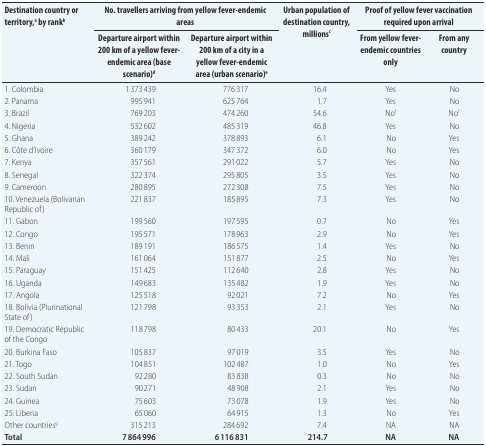
<table><thead><tr><td rowspan="2"><b>Destination country or territory,<sup>a</sup> by rank<sup>b</sup></b></td><td colspan="2"><b>No. travellers arriving from yellow fever-endemic areas</b></td><td rowspan="2"><b>Urban population of destination country, millions<sup>c</sup></b></td><td colspan="2"><b>Proof of yellow fever vaccination required upon arrival</b></td></tr><tr><td><b>Departure airport within 200 km of a yellow fever-endemic area (base scenario)<sup>d</sup></b></td><td><b>Departure airport within 200 km of a city in a yellow fever-endemic area (urban scenario)<sup>e</sup></b></td><td><b>From yellow fever-endemic countries only</b></td><td><b>From any country</b></td></tr></thead><tbody><tr><td>1. Colombia</td><td>1 373 439</td><td>776 317</td><td>16.4</td><td>Yes</td><td>No</td></tr><tr><td>2. Panama</td><td>995 941</td><td>625 764</td><td>1.7</td><td>Yes</td><td>No</td></tr><tr><td>3. Brazil</td><td>769 203</td><td>474 260</td><td>54.6</td><td>No<sup>f</sup></td><td>No<sup>f</sup></td></tr><tr><td>4. Nigeria</td><td>532 602</td><td>485 319</td><td>46.8</td><td>Yes</td><td>No</td></tr><tr><td>5. Ghana</td><td>389 242</td><td>378 893</td><td>6.1</td><td>No</td><td>Yes</td></tr><tr><td>6. Côte d&#x27;Ivoire</td><td>360 179</td><td>347 372</td><td>6.0</td><td>No</td><td>Yes</td></tr><tr><td>7. Kenya</td><td>357 561</td><td>291 022</td><td>5.7</td><td>Yes</td><td>No</td></tr><tr><td>8. Senegal</td><td>322 374</td><td>295 805</td><td>3.5</td><td>Yes</td><td>No</td></tr><tr><td>9. Cameroon</td><td>280 895</td><td>272 308</td><td>7.5</td><td>Yes</td><td>No</td></tr><tr><td>10. Venezuela (Bolivarian Republic of)</td><td>221 837</td><td>185 895</td><td>7.3</td><td>Yes</td><td>No</td></tr><tr><td>11. Gabon</td><td>199 560</td><td>197 595</td><td>0.7</td><td>No</td><td>Yes</td></tr><tr><td>12. Congo</td><td>195 571</td><td>178 963</td><td>2.9</td><td>No</td><td>Yes</td></tr><tr><td>13. Benin</td><td>189 191</td><td>186 575</td><td>1.4</td><td>Yes</td><td>No</td></tr><tr><td>14. Mali</td><td>161 064</td><td>151 877</td><td>2.5</td><td>No</td><td>Yes</td></tr><tr><td>15. Paraguay</td><td>151 425</td><td>112 640</td><td>2.8</td><td>Yes</td><td>No</td></tr><tr><td>16. Uganda</td><td>149 683</td><td>135 482</td><td>1.9</td><td>Yes</td><td>No</td></tr><tr><td>17. Angola</td><td>125 518</td><td>92 021</td><td>7.2</td><td>No</td><td>Yes</td></tr><tr><td>18. Bolivia (Plurinational State of)</td><td>121 798</td><td>93 353</td><td>2.1</td><td>Yes</td><td>No</td></tr><tr><td>19. Democratic Republic of the Congo</td><td>118 798</td><td>80 433</td><td>20.1</td><td>No</td><td>Yes</td></tr><tr><td>20. Burkina Faso</td><td>105 837</td><td>97 019</td><td>3.5</td><td>Yes</td><td>No</td></tr><tr><td>21. Togo</td><td>104 851</td><td>102 487</td><td>1.0</td><td>No</td><td>Yes</td></tr><tr><td>22. South Sudan</td><td>92 280</td><td>83 838</td><td>0.3</td><td>No</td><td>No</td></tr><tr><td>23. Sudan</td><td>90 271</td><td>48 908</td><td>2.1</td><td>Yes</td><td>No</td></tr><tr><td>24. Guinea</td><td>75 603</td><td>73 078</td><td>1.9</td><td>Yes</td><td>No</td></tr><tr><td>25. Liberia</td><td>65 060</td><td>64 915</td><td>1.3</td><td>No</td><td>Yes</td></tr><tr><td>Other countries<sup>g</sup></td><td>315 213</td><td>284 692</td><td>7.4</td><td>NA</td><td>NA</td></tr><tr><td><b>Total</b></td><td><b>7 864 996</b></td><td><b>6 116 831</b></td><td><b>214.7</b></td><td><b>NA</b></td><td><b>NA</b></td></tr></tbody></table>